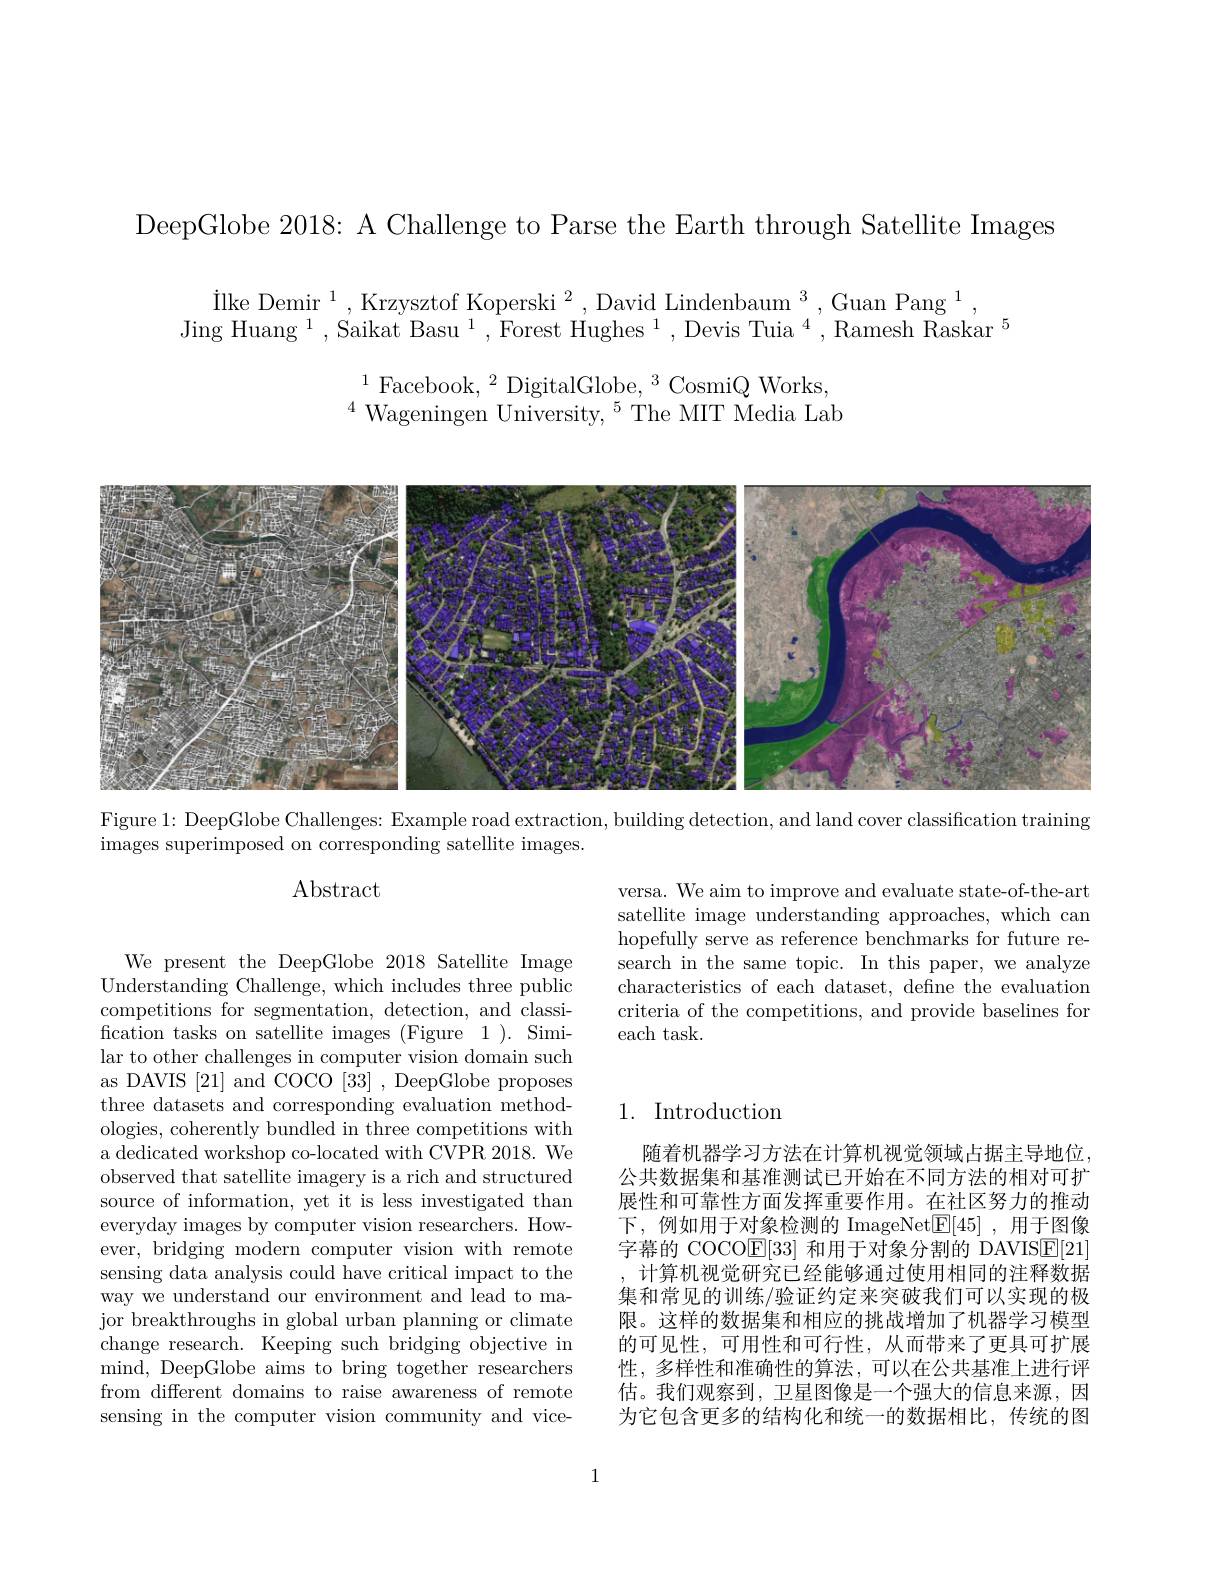
DeepGlobe 2018: A Challenge to Parse the Earth through Satellite Images

$\begin{array}{c}{\mathrm{ilke~Demir~}^{1},\mathrm{~Krzysztof~Koperski~}^{2},\mathrm{~David~Lindenbaum~}^{3},\mathrm{~Guan~Pang~}^{1},}\\{\mathrm{Jing~Huang~}^{1},\mathrm{~Saikat~Basu~}^{1},\mathrm{~Forest~Hughes~}^{1},\mathrm{~Devis~Tuia~}^{4},\mathrm{~Ramesh~Raskar~}}\end{array}$
$^{1}$Facebook,$^2$DigitalGlobe,$^3$CosmiQWorks, $^{4}$Wageningen University,$^5$The MIT Media Lab

<FigureHere>

Figure 1: DeepGlobe Challenges: Example road extraction, building detection, and land cover classification training

images superimposed on corresponding satellite images.

$\operatorname{Abstract}$

versa. We aim to improve and evaluate state-of-the-art satellite image understanding approaches, which can hopefully serve as reference benchmarks for future research in the same topic. In this paper, we analyze characteristics of each dataset, define the evaluation criteria of the competitions, and provide baselines for each task.

## 1. Introduction

We present the DeepGlobe 2018 Satellite Image Understanding Challenge, which includes three public competitions for segmentation, detection, and classification tasks on satellite images (Figure 1). Similar to other challenges in computer vision domain such as DAVIS [21] and COCO [33] , DeepGlobe proposes three datasets and corresponding evaluation methodologies, coherently bundled in three competitions with a dedicated workshop co-located with CVPR 2018. We observed that satellite imagery is a rich and structured source of information, yet it is less investigated than everyday images by computer vision researchers. However, bridging modern computer vision with remote sensing data analysis could have critical impact to the way we understand our environment and lead to major breakthroughs in global urban planning or climate change research. Keeping such bridging objective in mind, DeepGlobe aims to bring together researchers from different domains to raise awareness of remote sensing in the computer vision community and vice-

随着机器学习方法在计算机视觉领域占据主导地位， 公共数据集和基准测试已开始在不同方法的相对可扩展性和可靠性方面发挥重要作用。在社区努力的推动下，例如用于对象检测的 ImageNet$\underline{\mathrm{E}}[45]$ ,用于图像字幕的 COCOE[33]和用于对象分割的 DAVISE[21] ,计算机视觉研究已经能够通过使用相同的注释数据集和常见的训练/验证约定来突破我们可以实现的极限。这样的数据集和相应的挑战增加了机器学习模型的可见性，可用性和可行性，从而带来了更具可扩展性，多样性和准确性的算法，可以在公共基准上进行评估。我们观察到，卫星图像是一个强大的信息来源，因为它包含更多的结构化和统一的数据相比，传统的图

1